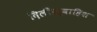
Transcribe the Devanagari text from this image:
दिलीख्वाहिश